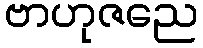
ဗာဟုဇညေ